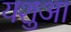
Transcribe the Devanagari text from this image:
यशुआ